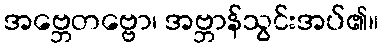
အဗ္ဘေတဗ္ဗော၊ အဗ္ဘာန်သွင်းအပ်၏။